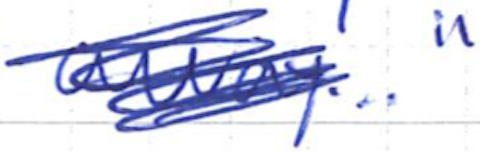
Text: away..."
Cross-out: scratch
Writing tool: ballpoint